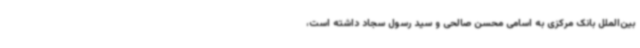
بین‌الملل بانک مرکزی به اسامی محسن صالحی و سید رسول سجاد داشته است،